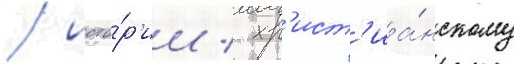
/ исто́р'ии / хр'ист'иа́нскому